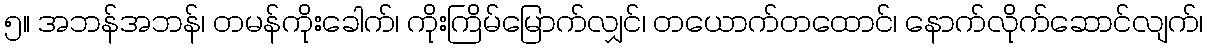
၅။ အဘန်အဘန်၊ တမန်ကိုးခေါက်၊ ကိုးကြိမ်မြောက်လျှင်၊ တယောက်တထောင်၊ နောက်လိုက်ဆောင်လျက်၊